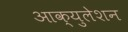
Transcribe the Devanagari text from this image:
आक्युलेशन